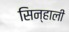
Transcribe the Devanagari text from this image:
सिन्हाली